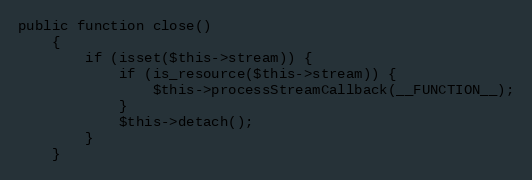
Language: PHP
public function close()
    {
        if (isset($this->stream)) {
            if (is_resource($this->stream)) {
                $this->processStreamCallback(__FUNCTION__);
            }
            $this->detach();
        }
    }